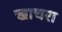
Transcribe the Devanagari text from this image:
खाचरा